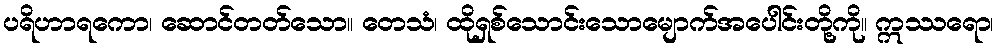
ပရိဟာရကော၊ ဆောင်တတ်သော။ တေသံ၊ ထိုရှစ်သောင်းသောမျောက်အပေါင်းတို့ကို။ ဣဿရော၊